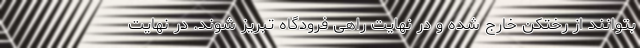
بتوانند از رختکن خارج شده و در نهایت راهی فرودگاه تبریز شوند. در نهایت